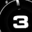
Digit: 3